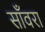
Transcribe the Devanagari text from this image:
साँवरा